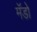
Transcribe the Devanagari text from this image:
मॅडो